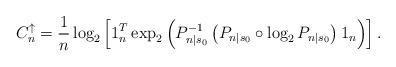
LaTeX: \begin{align*}C_n^\uparrow = \frac{1}{n}\log_2\left[1_n^T\exp_2\left(P_{n|s_0}^{-1}\left(P_{n|s_0}\circ\log_2 P_{n|s_0}\right)1_n\right)\right].\end{align*}